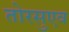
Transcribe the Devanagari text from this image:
तोरसुएव